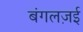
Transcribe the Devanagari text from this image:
बंगलज़ई